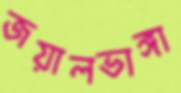
জয়ালভাঙ্গা